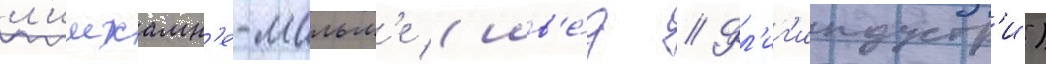
л'имхамн'е-мальм'е (шв'е́д // Фл'иг'индустр'и)